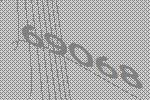
69068